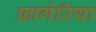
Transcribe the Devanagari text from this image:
फ्रागेरिया